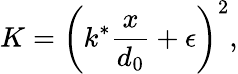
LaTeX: K=\left(k^{*}\frac{x}{d_{0}}+\epsilon\right)^{2},